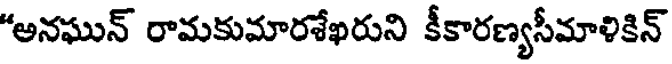
"అనఘున్ రామకుమారశేఖరుని కీకారణ్యసీమాళికిన్